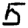
Digit: 5